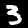
Label: 3